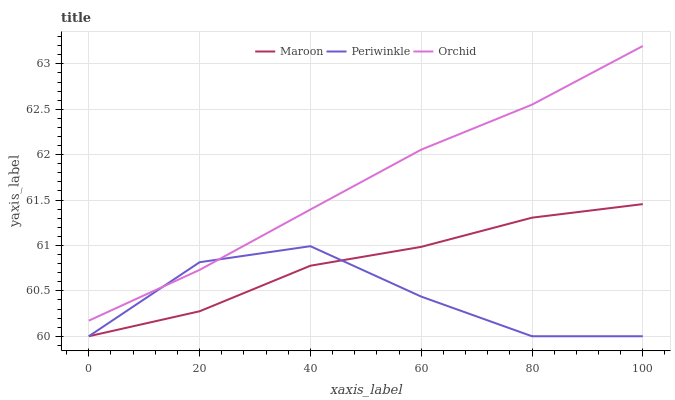
| xaxis_label | Maroon | Periwinkle | Orchid |
 | --- | --- | --- | --- |
 | 0 | 60 | 60 | 60.2 |
 | 20 | 60.3 | 60.8 | 60.7 |
 | 40 | 60.8 | 61 | 61.4 |
 | 60 | 61 | 60.4 | 62.1 |
 | 80 | 61.3 | 60 | 62.6 |
 | 100 | 61.5 | 60 | 63.2 |